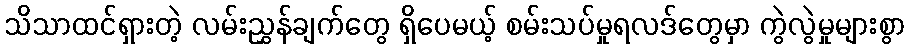
သိသာထင်ရှားတဲ့ လမ်းညွှန်ချက်တွေ ရှိပေမယ့် စမ်းသပ်မှုရလဒ်တွေမှာ ကွဲလွဲမှုများစွာ